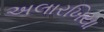
અલારખિયા